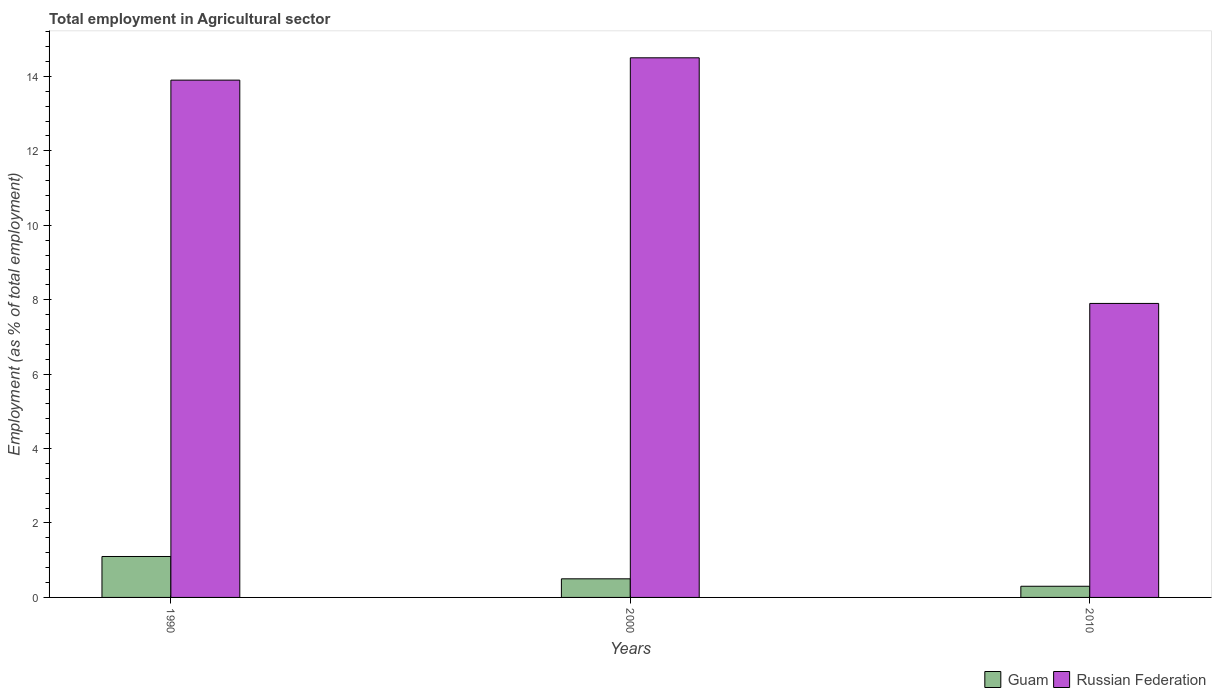
| Years | Guam | Russian Federation |
 | --- | --- | --- |
 | 1990 | 1.1 | 13.9 |
 | 2000 | 0.5 | 14.5 |
 | 2010 | 0.3 | 7.9 |